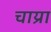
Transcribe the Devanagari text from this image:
चाय्रा